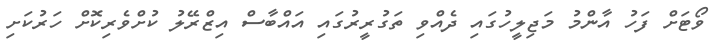
ވޯޓަށް ފަހު އާންމު މަޖިލީހުގައި ދެއްވި ތަގުރީރުގައި އައްބާސް އިޒްރޭލު ކުށްވެރިކޮށް ހަރުކަށި